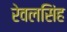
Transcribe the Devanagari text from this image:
रेवलसिंह